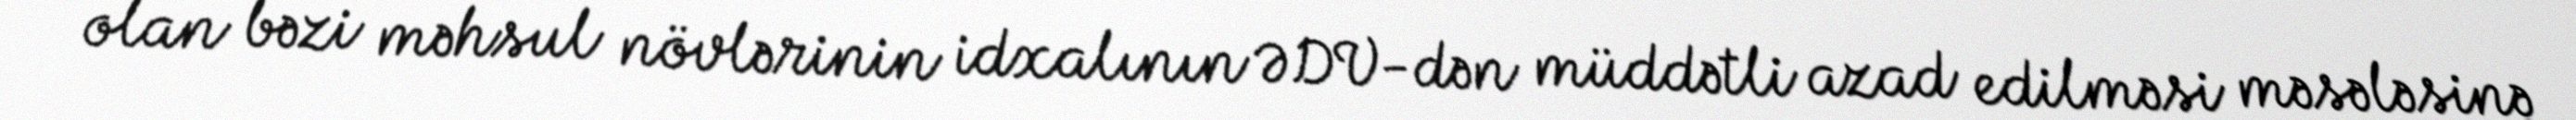
olan bəzi məhsul növlərinin idxalının ƏDV-dən müddətli azad edilməsi məsələsinə